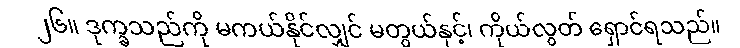
၂၆။ ဒုက္ခသည်ကို မကယ်နိုင်လျှင် မတွယ်နှင့်၊ ကိုယ်လွတ် ရှောင်ရသည်။